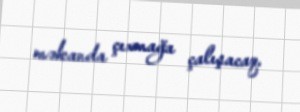
məkanda çıxmağa çalışacaq.